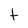
Character: t